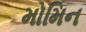
મોમિન